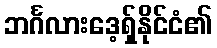
ဘင်္ဂလားဒေ့ရှ်နိုင်ငံ၏